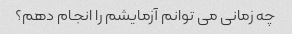
چه زمانی می توانم آزمایشم را انجام دهم؟